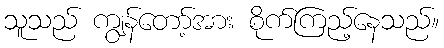
သူသည် ကျွန်တော့်အား စိုက်ကြည့်နေသည်။